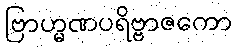
ဗြာဟ္မဏပရိဗ္ဗာဇကော